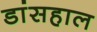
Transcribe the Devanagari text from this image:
डांसहाल